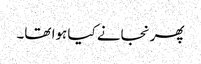
پھر نجانے کیا ہوا تھا۔